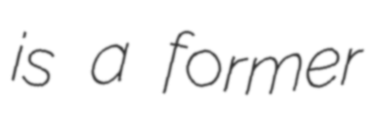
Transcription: is a former